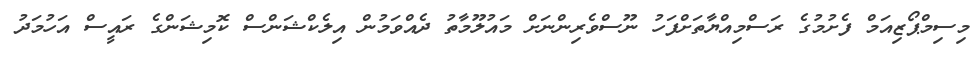
މިސިމްޕޯޒިއަމް ފެށުމުގެ ރަސްމިއްޔާތަށްފަހު ނޫސްވެރިންނަށް މައުލޫމާތު ދެއްވަމުން އިލެކްޝަންސް ކޮމިޝަންގެ ރައީސް އަހުމަދު